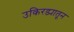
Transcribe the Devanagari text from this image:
उकिरड्यातून